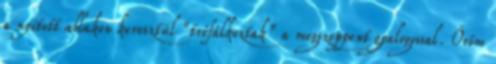
a nyitott ablakon keresztül “tréfálkoztak” a megszeppent gyalogossal. Öröm